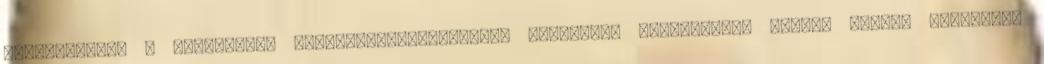
tevékenysége a szervezett felsőoktatás-elméleti kutatások megindítása terén. Magyar pedagógia